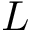
L